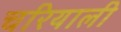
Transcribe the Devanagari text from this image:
चरियाली